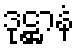
ဒုဋ္ဌာနံ